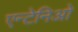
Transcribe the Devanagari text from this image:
एन्टेनिओ